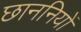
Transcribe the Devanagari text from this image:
छाननियों